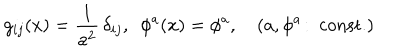
LaTeX: g _ { i j } ( x ) = { \frac { 1 } { a ^ { 2 } } } \, \delta _ { i j } , ~ ~ \phi ^ { a } ( x ) = \phi ^ { a } , \quad ( a , \phi ^ { a } \! : ~ \mathrm { c o n s t . } )